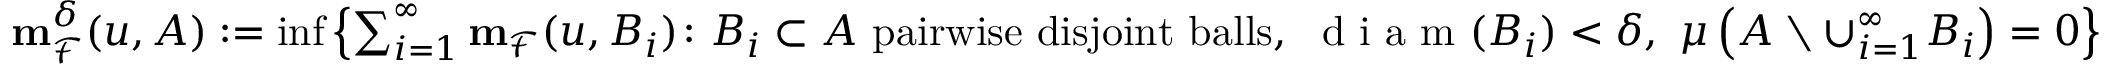
\begin{array} { r } { \mathbf { m } _ { \mathcal { F } } ^ { \delta } ( u , A ) : = \operatorname* { i n f } \left\{ \sum _ { i = 1 } ^ { \infty } \mathbf { m } _ { \mathcal { F } } ( u , B _ { i } ) \colon B _ { i } \subset A \ \mathrm { p a i r w i s e ~ d i s j o i n t ~ b a l l s } , \ \textnormal { d i a m } ( B _ { i } ) < \delta , \ \mu \left( A \setminus \cup _ { i = 1 } ^ { \infty } B _ { i } \right) = 0 \right\} } \end{array}